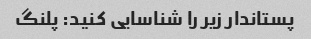
پستاندار زیر را شناسایی کنید: پلنگ